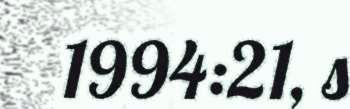
1994:21, s